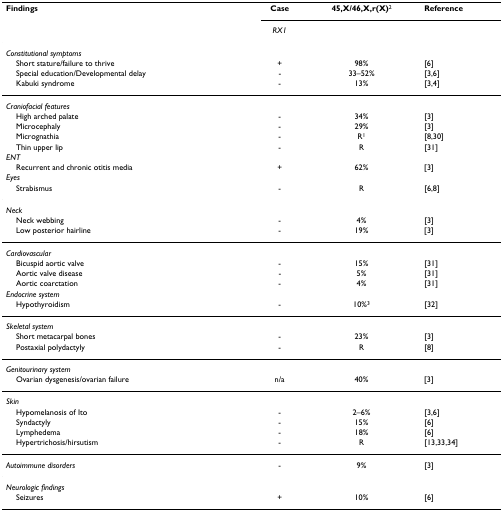
| Findings | Case | 45,X/46,X,r(X)2 | Reference |
 |  | RX1 |  |  |
 | --- | --- | --- | --- |
 | Constitutional symptoms |  |  |  |
 | Short stature/failure to thrive | + | 98% | [6] |
 | Special education/Developmental delay | - | 33–52% | [3,6] |
 | Kabuki syndrome | - | 13% | [3,4] |
 | Craniofacial features |  |  |  |
 | High arched palate | - | 34% | [3] |
 | Microcephaly | - | 29% | [3] |
 | Micrognathia | - | R1 | [8,30] |
 | Thin upper lip | - | R | [31] |
 | ENT |  |  |  |
 | Recurrent and chronic otitis media | + | 62% | [3] |
 | Eyes |  |  |  |
 | Strabismus | - | R | [6,8] |
 | Neck |  |  |  |
 | Neck webbing | - | 4% | [3] |
 | Low posterior hairline | - | 19% | [3] |
 | Cardiovascular |  |  |  |
 | Bicuspid aortic valve | - | 15% | [31] |
 | Aortic valve disease | - | 5% | [31] |
 | Aortic coarctation | - | 4% | [31] |
 | Endocrine system |  |  |  |
 | Hypothyroidism | - | 10%3 | [32] |
 | Skeletal system |  |  |  |
 | Short metacarpal bones | - | 23% | [3] |
 | Postaxial polydactyly | - | R | [8] |
 | Genitourinary system |  |  |  |
 | Ovarian dysgenesis/ovarian failure | n/a | 40% | [3] |
 | Skin |  |  |  |
 | Hypomelanosis of Ito | - | 2–6% | [3,6] |
 | Syndactyly | - | 15% | [6] |
 | Lymphedema | - | 18% | [6] |
 | Hypertrichosis/hirsutism | - | R | [13,33,34] |
 | Autoimmune disorders | - | 9% | [3] |
 | Neurologic findings |  |  |  |
 | Seizures | + | 10% | [6] |